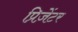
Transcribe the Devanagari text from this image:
प्रिज़ेंटर